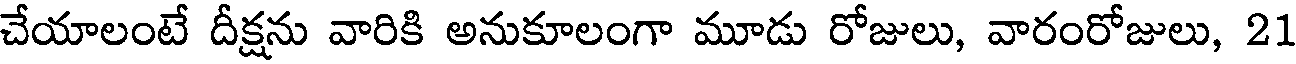
చేయాలంటే దీక్షను వారికి అనుకూలంగా మూడు రోజులు, వారంరోజులు, 21